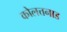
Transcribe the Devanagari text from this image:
कोलत्तनाड